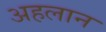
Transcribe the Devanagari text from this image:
अहलान